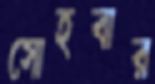
সোহবার